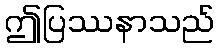
ဤပြဿနာသည်